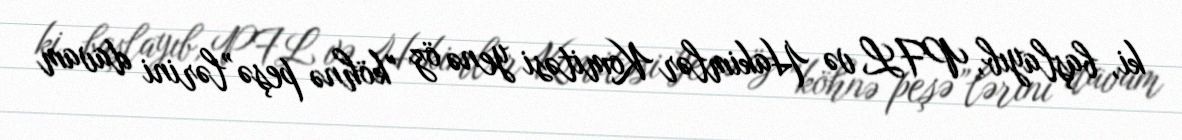
ki, başlayıb, PFL və Hakimlər Komitəsi yenə öz "köhnə peşə”lərini davam